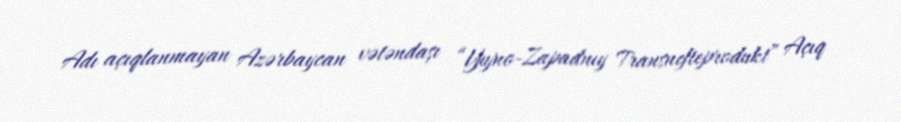
Adı açıqlanmayan Azərbaycan vətəndaşı “Yujno-Zapadnıy Transnefteprodukt” Açıq